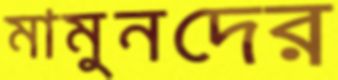
মামুনদের